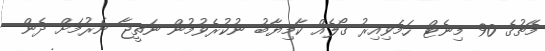
މެޗުގެ 90 މިނެޓް ހަމަވިއިރު ގޯލެއް ކާމިޔާބު ނުކުރެވުމުން ނަތީޖާ ނެރުމަށް ދެން